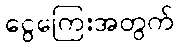
ငွေကြေးအတွက်